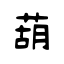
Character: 葫